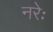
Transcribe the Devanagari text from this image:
नरेः